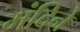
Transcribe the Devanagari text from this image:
मंदिने